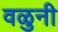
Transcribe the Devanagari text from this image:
वळुनी